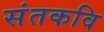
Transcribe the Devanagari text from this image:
संतकवि